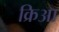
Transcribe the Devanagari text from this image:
क्रिआ